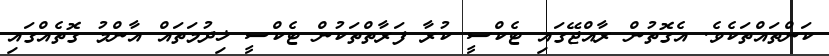
ކަންތައްތަކެވެ. އެގޮތުން ރާއްޖޭގައި ޓެކްސީ ކުރާ ފަރާތްތަކުން ޓެކްސީ ޚިދުމަތައް އާންމު ގޮތެއްގައި